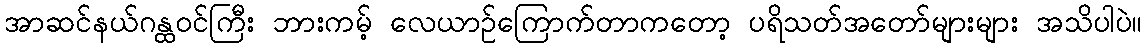
အာဆင်နယ်ဂန္ထဝင်ကြီး ဘားကမ့် လေယာဉ်ကြောက်တာကတော့ ပရိသတ်အတော်များများ အသိပါပဲ။